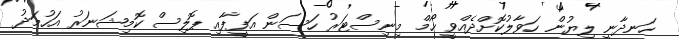
ހަނދާނީ ލިޔުން ހަވާލުކޮށްދެއްވީ ހޯމް މިނިސްޓަރު ހަސަން އަފީފާއި ޕޮލިސް ކޮމިޝަނަރު އަހުމަދު